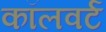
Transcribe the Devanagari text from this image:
कॉलवर्ट